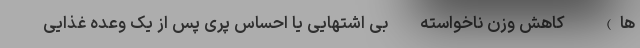
ها) - کاهش وزن ناخواسته - بی اشتهایی یا احساس پری پس از یک وعده غذایی